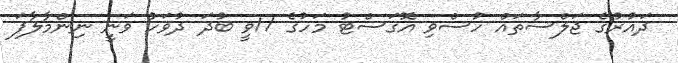
ދައުރުގެ ޖަލްސާތައް ހުސްވި އޮގަސްޓު މަހުގެ 17ވީ ބުދަ ދުވަހު ވަނީ ނިންމާލާފަ